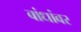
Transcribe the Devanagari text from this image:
बांधांवर